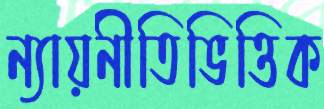
ন্যায়নীতিভিত্তিক